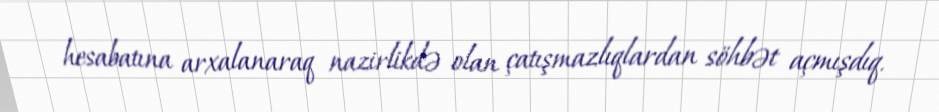
hesabatına arxalanaraq nazirlikdə olan çatışmazlıqlardan söhbət açmışdıq.